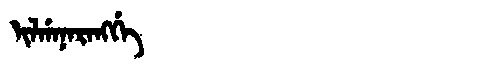
Manchu: ᡳᠯᡤᠠᠨᠠᡵᠠᠩᡤᡝ
Romanization: ILGANARANGGE